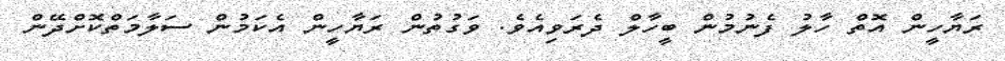
ރަޔާހީން އޮތް ހާލު ފެނުމުން ބީހާލް ދެރަވިއެވެ. ވަގުތުން ރަޔާހީން އެކަމުން ސަލާމަތްކޮށްދޭން